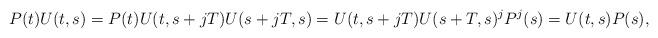
LaTeX: \begin{align*} P(t)U(t,s) &= P(t)U(t,s+jT)U(s+jT,s) = U(t,s+jT)U(s+T,s)^j P^j(s) = U(t,s)P(s),\end{align*}